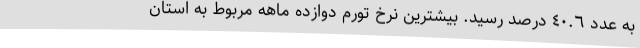
به عدد ٤٠.٦ درصد رسید. بیشترین نرخ تورم دوازده ماهه مربوط به استان­